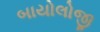
બાયોલોજી